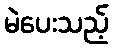
မဲပေးသည့်